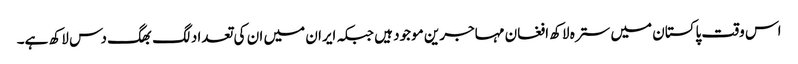
اس وقت پاکستان میں سترہ لاکھ افغان مہاجرین موجود ہیں جبکہ ایران میں ان کی تعداد لگ بھگ دس لاکھ ہے۔